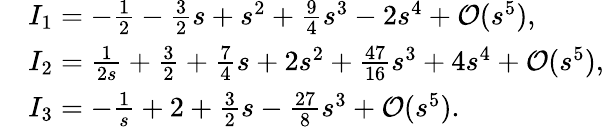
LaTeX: \begin{array}{rl}&{I_{1}=-\frac{1}{2}-\frac{3}{2}s+s^{2}+\frac{9}{4}s^{3}-2s^{4}+\mathcal{O}(s^{5}),}\\ &{I_{2}=\frac{1}{2s}+\frac{3}{2}+\frac{7}{4}s+2s^{2}+\frac{47}{16}s^{3}+4s^{4}+\mathcal{O}(s^{5}),}\\ &{I_{3}=-\frac{1}{s}+2+\frac{3}{2}s-\frac{27}{8}s^{3}+\mathcal{O}(s^{5}).}\end{array}